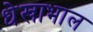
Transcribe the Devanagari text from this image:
धेखाभाल